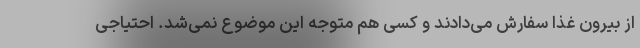
از بیرون غذا سفارش می‌دادند و کسی هم متوجه این موضوع نمی‌شد. احتیاجی